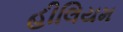
હીલિયમ